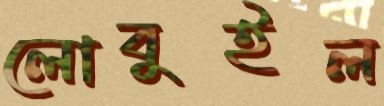
লোবুইল